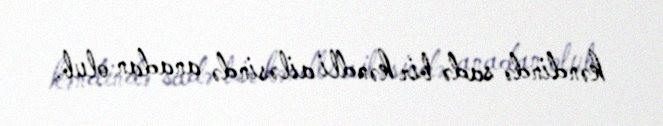
kəndində sadə bir kəndli ailəsində anadan olub.